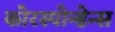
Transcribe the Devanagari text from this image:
कोरस्पोन्डेन्स